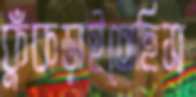
কুঁকড়াইতেছিস